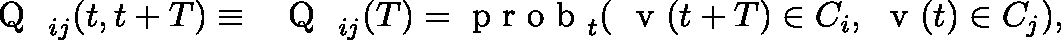
\mathrm { ~ \mathsf ~ { ~ Q ~ } ~ } _ { i j } ( t , t + T ) \equiv \mathrm { ~ \mathsf ~ { ~ Q ~ } ~ } _ { i j } ( T ) = \mathrm { ~ p ~ r ~ o ~ b ~ } _ { t } ( \mathrm { ~ \boldmath ~ v ~ } ( t + T ) \in C _ { i } , \mathrm { ~ \boldmath ~ v ~ } ( t ) \in C _ { j } ) ,